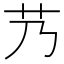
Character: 艿